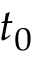
t _ { 0 }